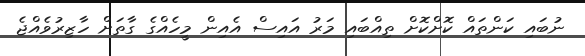
ނުބައި ކަންތައް ކޮށްކޮށް ތިއްބައި މަރު އައިސް އެއިން މީހެއްގެ ގާތަށް ހާޒިރުވެއްޖެ